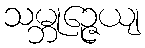
သမ္ဘုဉ္ဇေယျ